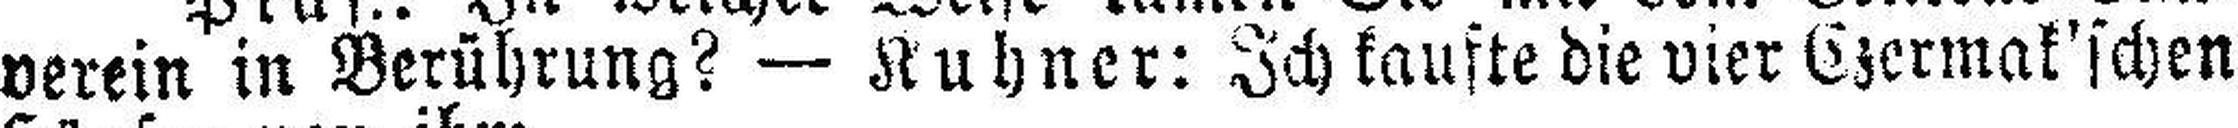
verein in Berührung? — Kuhner: Ich kaufte die vier Czermak'schen